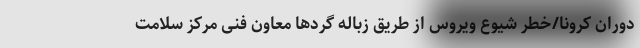
دوران کرونا/خطر شیوع ویروس از طریق زباله گردها معاون فنی مرکز سلامت